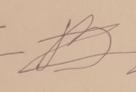
Signature authenticity: forged